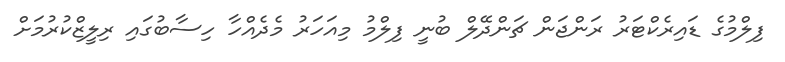
ފިލްމުގެ ޑައިރެކްޓަރު ރަންޖަން ޗަންދޭލް ބުނީ ފިލްމު މިއަހަރު މެދެއްހާ ހިސާބުގައި ރިލީޒްކުރުމަށް